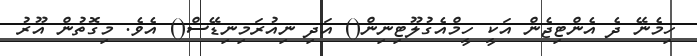
ހިމެނޭ ދެ އެންޓިޖެން އަކީ ހީމްއެގުލޫޓިނިން() އަދި ނިއުރަމިނިޑޭސް() އެވެ. މިގޮތުން އޫރު